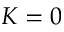
K = 0